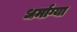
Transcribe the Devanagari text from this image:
धर्माग्या